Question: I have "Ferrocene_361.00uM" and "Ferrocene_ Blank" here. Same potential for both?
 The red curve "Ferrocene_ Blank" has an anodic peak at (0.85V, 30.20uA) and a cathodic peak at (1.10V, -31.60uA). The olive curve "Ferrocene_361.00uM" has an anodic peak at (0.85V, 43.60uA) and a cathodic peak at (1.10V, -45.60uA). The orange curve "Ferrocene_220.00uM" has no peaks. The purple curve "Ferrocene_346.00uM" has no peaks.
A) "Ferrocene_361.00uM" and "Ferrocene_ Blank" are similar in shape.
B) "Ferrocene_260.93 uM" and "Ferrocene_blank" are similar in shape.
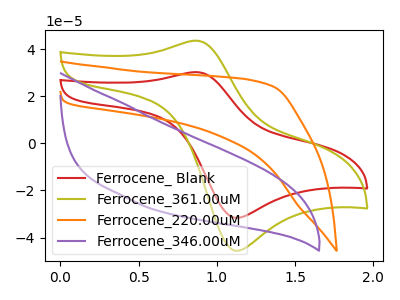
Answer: <think>All the peaks in "Ferrocene_361.00uM" have a peak in "Ferrocene_ Blank" at the same potential. Every peak in "Ferrocene_361.00uM" is higher than every peak in "Ferrocene_ Blank".
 </think>
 <answer>A) "Ferrocene_361.00uM" and "Ferrocene_ Blank" are similar in shape.</answer>
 <eval>A</eval>